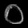
Digit: ၀